Civil Veterinary Department. Madras. Admin. report 1910-25 - 1910-1925
Year: 1910
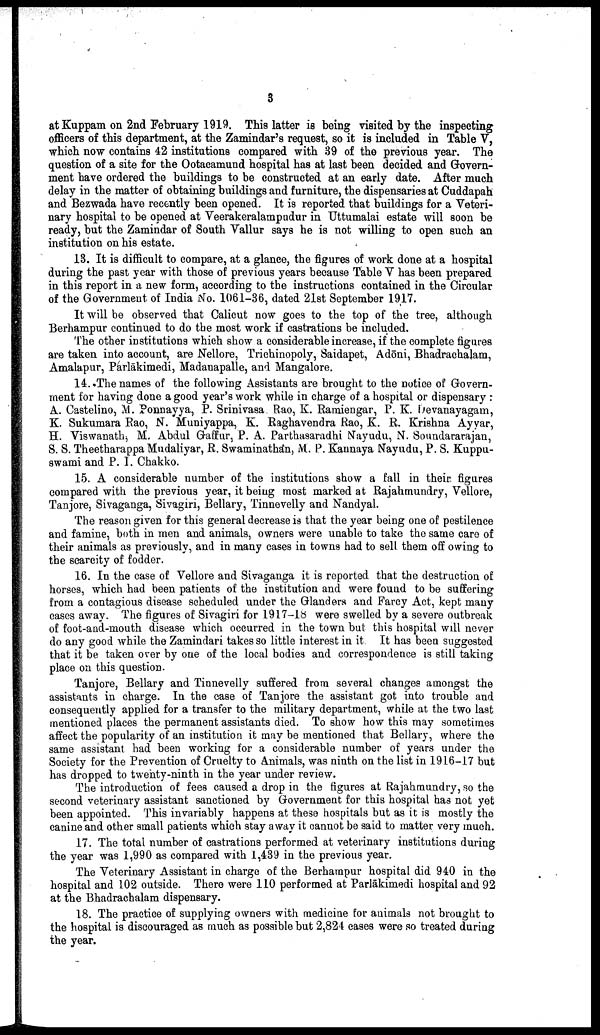
3
at Kuppam on 2nd February 1919. This latter is being visited by the inspecting
officers of this department, at the Zamindar's request, so it is included in Table V,
which now contains 42 institutions compared with 39 of the previous year. The
question of a site for the Ootacamund hospital has at last been decided and Govern
ment have ordered the buildings to be constructed at an early date. After much
delay in the matter of obtaining buildings and furniture, the dispensaries at Cuddapah
and Bezwada have recently been opened. It is reported that buildings for a Veteri
nary hospital to be opened at Veerakeralampudur in Uttumalai estate will soon be
ready, but the Zamindar of South Vallur says he is not willing to open such an
institution on his estate.
13. It is difficult to compare, at a glance, the figures of work done at a hospital
during the past year with those of previous years because Table V has been prepared
in this report in a new form, according to the instructions contained in the Circular
of the Government of India No. 1061-36, dated 21st September 1917.
It will be observed that Calicut now goes to the top of the tree, although
Berhampur continued to do the most work if castrations be included.
The other institutions which show a considerable increase, if the complete figures
are taken into account, are Nellore, Trichinopoly, Saidapet, Adōni, Bhadrachalam,
Amalapur, Parlākimedi, Madanapalle, and Mangalore.
14. The names of the following Assistants are brought to the notice of Govern
ment for having done a good year's work while in charge of a hospital or dispensary:
A. Castelino, M. Ponnayya, P. Srinivasa Rao, K. Ramiengar, P. K. Devanayagam,
K. Sukumara Rao, N. Muniyappa, K. Raghavendra Rao, K. R. Krishna Ayyar,
H. Viswanath, M, Abdul Gaffur, P. A. Parthasaradhi Nayudu, N. Soundararajan,
S. S. Theetharappa Mudaliyar, R. Swaminathan, M. P. Kannaya Nayudu, P. S. Kuppu-
swami and P. I. Chakko.
15. A considerable number of the institutions show a fall in their figures
compared with the previous year, it being most marked at Rajahmundry, Velio re,
Tanjore, Sivaganga, Sivagiri, Bellary, Tinnevelly and Nandyal.
The reason given for this general decrease is that the year being one of pestilence
and famine, both in men and animals, owners were unable to take the same care of
their animals as previously, and in many cases in towns had to sell them off owing to
the scarcity of fodder.
16. In the case of Vellore and Sivaganga it is reported that the destruction of
horses, which had been patients of the institution and were found to be suffering
from a contagious disease scheduled under the Glanders and Farcy Act, kept many
cases away. The figures of Sivagiri for 1917-18 were swelled by a severe outbreak
of foot-and-mouth disease which occurred in the town but this hospital will never
do any good while the Zamindari takes so little interest in it. It has been suggested
that it be taken over by one of the local bodies and correspondence is still taking
place on this question.
Tanjore, Bellary and Tinnevelly suffered from several changes amongst the
assistants in charge. In the case of Tanjore the assistant got into trouble and
consequently applied for a transfer to the military department, while at the two last
mentioned places the permanent assistants died. To show how this may sometimes
affect the popularity of an institution it may be mentioned that Bellary, where the
same assistant had been working for a considerable number of years under the
Society for the Prevention of Cruelty to Animals, was ninth on the list in 1916-17 but
has dropped to twenty-ninth in the year under review.
The introduction of fees caused a drop in the figures at Rajahmundry, so the
second veterinary assistant sanctioned by Government for this hospital has not yet
been appointed. This invariably happens at these hospitals but as it is mostly the
canine and other small patients which stay away it cannot be said to matter very much.
17. The total number of castrations performed at veterinary institutions during
the year was 1,990 as compared with 1,439 in the previous year.
The Veterinary Assistant in charge of the Berhampur hospital did 940 in the
hospital and 102 outside. There were 110 performed at Parlākimedi hospital and 92
at the Bhadrachalam dispensary.
18. The practice of supplying owners with medicine for animals not brought to
the hospital is discouraged as much as possible but 2,824 cases were so treated during
the year.